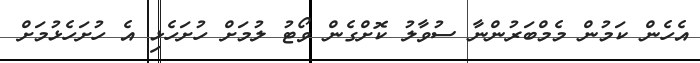
އެހެން ކަމުން މެމްބަރުންނާ ސުވާލު ކޮށްގެން ވޯޓު ލުމަށް ހުށަހެޅި އެ ހުށަހެޅުމަށް